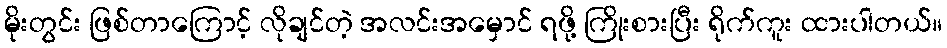
မိုးတွင်း ဖြစ်တာကြောင့် လိုချင်တဲ့ အလင်းအမှောင် ရဖို့ ကြိုးစားပြီး ရိုက်ကူး ထားပါတယ်။